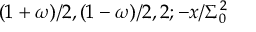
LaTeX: ( 1 + \omega ) / 2 , ( 1 - \omega ) / 2 , 2 ; - x / \Sigma _ { 0 } ^ { 2 }